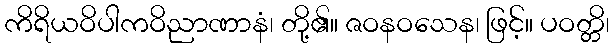
ကိရိယဝိပါကဝိညာဏာနံ၊ တို့၏။ ဇဝနဝသေန၊ ဖြင့်။ ပဝတ္တိ၊